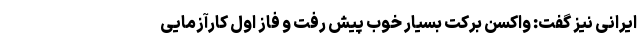
ایرانی نیز گفت: واکسن برکت بسیار خوب پیش رفت و فاز اول کارآزمایی